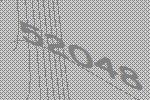
52048